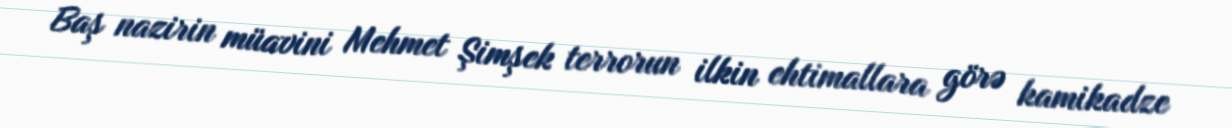
Baş nazirin müavini Mehmet Şimşek terrorun ilkin ehtimallara görə kamikadze